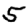
Digit: 5